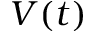
V ( t )